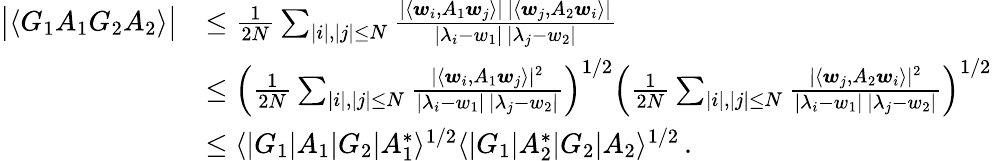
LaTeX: \begin{array}{rl}{\big\vert\langle G_{1}A_{1}G_{2}A_{2}\rangle\big\vert}&{\le\frac{1}{2N}\sum_{|i|,|j|\le N}\frac{\vert\langle\boldsymbol{w}_{i},A_{1}\boldsymbol{w}_{j}\rangle\vert\, \vert\langle\boldsymbol{w}_{j},A_{2}\boldsymbol{w}_{i}\rangle\vert}{\vert\lambda_{i}-w_{1}\vert\, \vert\lambda_{j}-w_{2}\vert}}\\ &{\le\left(\frac{1}{2N}\sum_{|i|,|j|\le N}\frac{\vert\langle\boldsymbol{w}_{i},A_{1}\boldsymbol{w}_{j}\rangle\vert^{2}}{\vert\lambda_{i}-w_{1}\vert\, \vert\lambda_{j}-w_{2}\vert}\right)^{1/2}\left(\frac{1}{2N}\sum_{|i|,|j|\le N}\frac{\vert\langle\boldsymbol{w}_{j},A_{2}\boldsymbol{w}_{i}\rangle\vert^{2}}{\vert\lambda_{i}-w_{1}\vert\, \vert\lambda_{j}-w_{2}\vert}\right)^{1/2}}\\ &{\le\langle|G_{1}|A_{1}|G_{2}|A_{1}^{*}\rangle^{1/2}\langle|G_{1}|A_{2}^{*}|G_{2}|A_{2}\rangle^{1/2}\, .}\end{array}